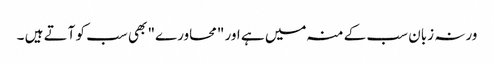
ورنہ زبان سب کے منہ میں ہے اور "محاورے" بھی سب کو آتے ہیں ۔